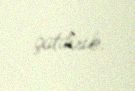
çatdırıb.